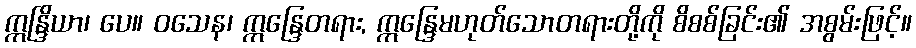
ဣန္ဒြိယာ၊ ပေ။ ဝသေန၊ ဣန္ဒြေတရား, ဣန္ဒြေမဟုတ်သောတရားတို့ကို စိစစ်ခြင်း၏ အစွမ်းဖြင့်။